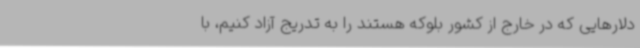
دلارهایی که در خارج از کشور بلوکه هستند را به‌ تدریج آزاد کنیم، با